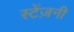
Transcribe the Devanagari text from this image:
स्टेंज़नी